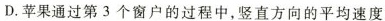
D.苹果通过第3个窗户的过程中，竖直方向的平均速度